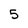
Character: 5